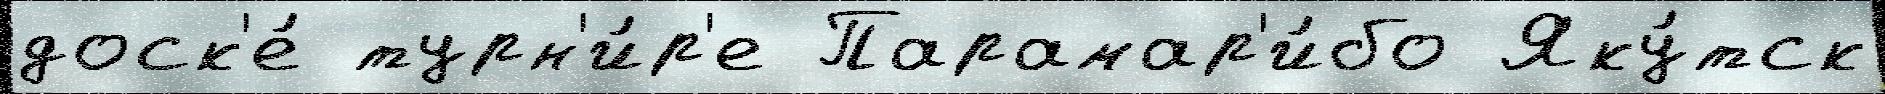
доск'е́ турн'и́р'е Парамар'и́бо Яку́тск